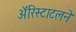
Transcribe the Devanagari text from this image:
ॲरिस्टाटलने